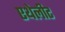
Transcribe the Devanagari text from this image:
एथेलीट